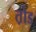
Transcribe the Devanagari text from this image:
त़ोड